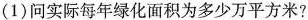
(1)问实际每年绿化面积为多少万平方米?